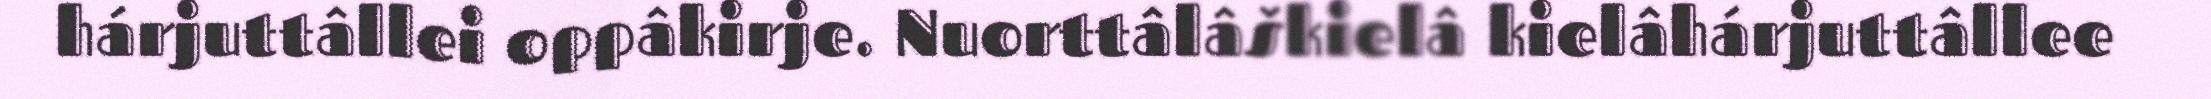
hárjuttâllei oppâkirje. Nuorttâlâškielâ kielâhárjuttâllee